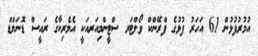
އުމުރުފުޅުން 61 އަހަރު ފުޅުގެ ފްރޭންކް ވޯލްޓަރ ސްޓީންމިއަރއަކީ އެމެރިކާގެ ރައީސް ޑޮނަލްޑް